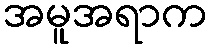
အမူအရာက